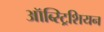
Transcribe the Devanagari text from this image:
ऑब्स्ट्रिशियन